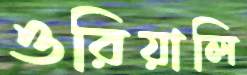
ওরিয়ালি